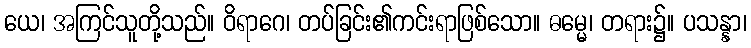
ယေ၊ အကြင်သူတို့သည်။ ဝိရာဂေ၊ တပ်ခြင်း၏ကင်းရာဖြစ်သော။ ဓမ္မေ၊ တရား၌။ ပသန္နာ၊